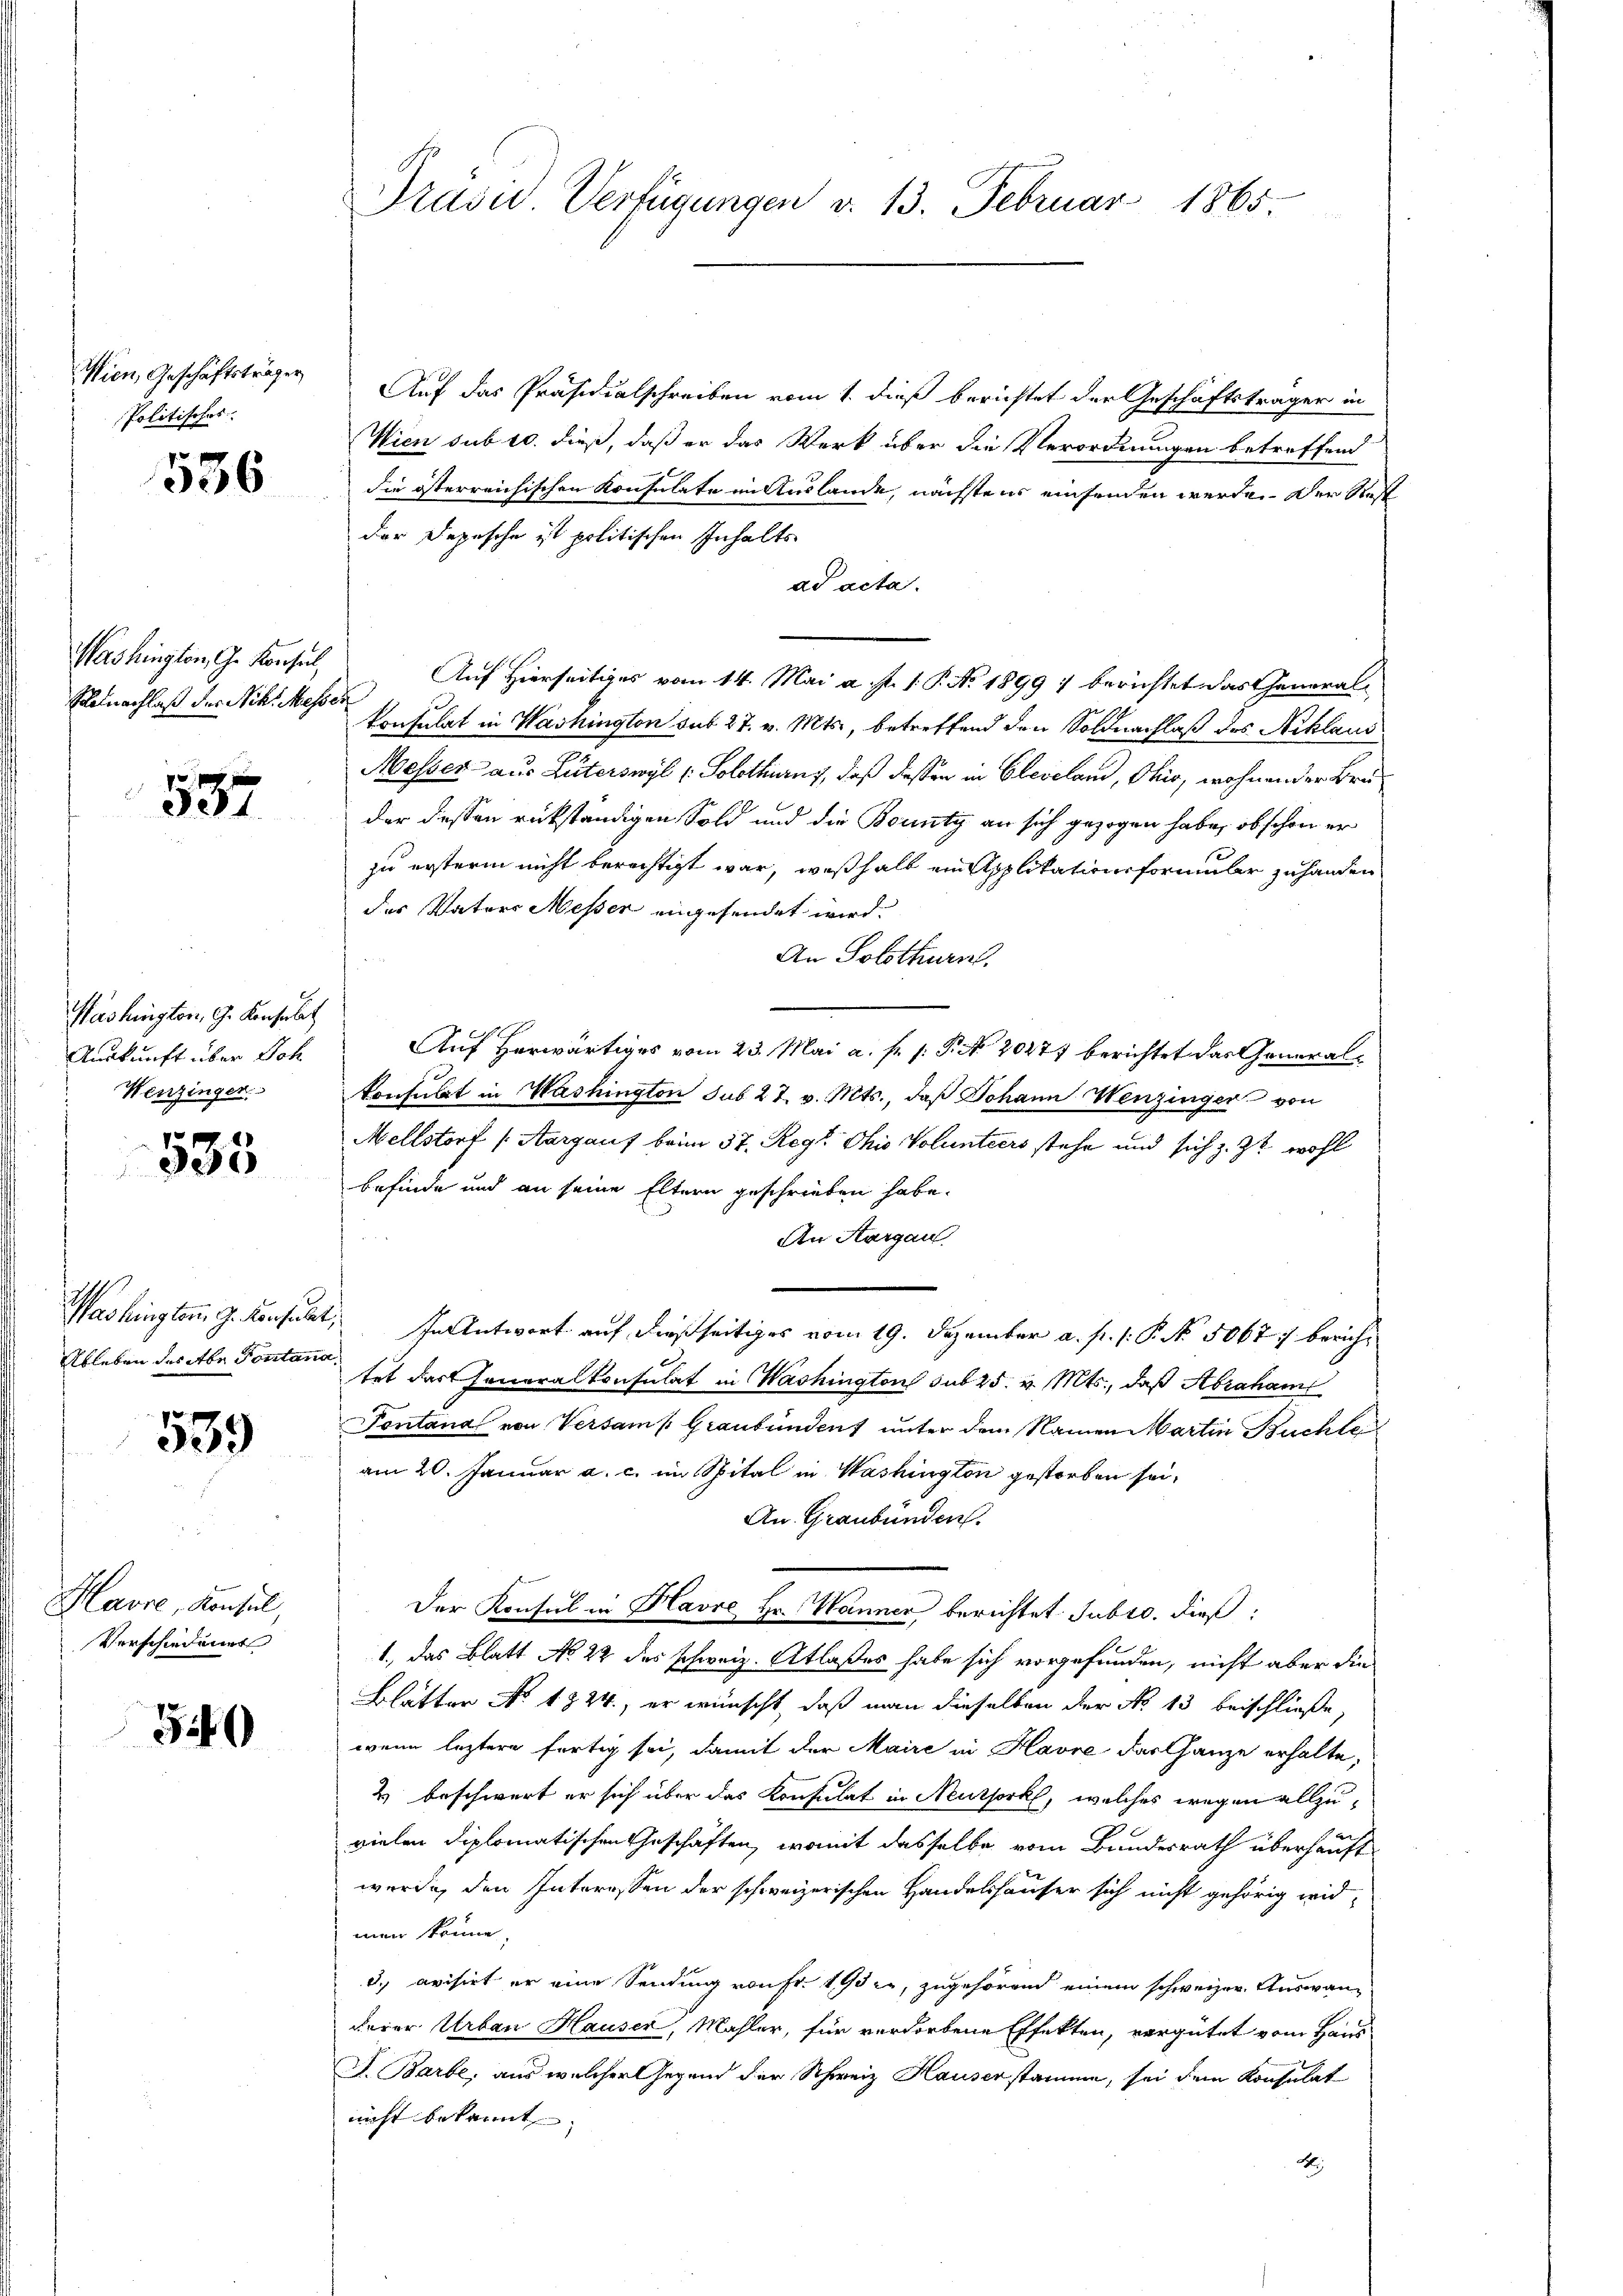
Wien, Geschäftsträger
Politisches.

536

Washington, Gr. Konsul
Selnachlaß der Nicht Messer

537

Washington, G. Konsulat
Auskunft über Joh
Wenzinger.

535

Ableben des Abe Pontana

539

Havre, Konsul,
Verschiedung

5

Auf das Präsidialschreiben vom 1. dieß berichtet der Geschäftsträger in
Wien sub 10. dieß, daß er das Werk über die Verordnungen betreffend
die österreichischen Konsulate im Auslande, nächstens einsenden werde. Der Rest
der Depesche ist politischen Inhalts
ad acta.
Auf Hierseitiges vom 14. Mai a. p. 1. P. No. 1899 7 berichtet das General¬
Consulat in Washington sub 27. v. Mts., betreffend den Soldnachlaß des Niklaus
Messer aus Luterswyl (Solothurn, daß dessen in Cleveland, Ohio, wohnen der Bruder dessen rückständigen Sold und die Bounty an sich gezogen habe, ob schon er
zu erstern nicht berichtigt war, weßhalb ein Applikationsformular zu handen
des Vaters Messer angesendet wird.
An Solothurn.
Auf herwärtiges vom 23. Mai a. f. 1: P. Nr. 20277 berichtet das Generalkonsulat in Washington sub 27. v. Mts., daß Johann Wenzinger von
Nellstorf (Aargauf beim 37. Reg. Ohio Volunters stehe und sich z. Zt. wohl
befinde und an seine Eltern geschrieben habe.
An Aargau
Washingten J. Konsult, In Antwort auf dießseitiges vom 19. Dezember a. p. 1. P. No. 5067 :/ berichtet das Generalkonsulat in Washington sub 25. v. Mts., daß Abraham
Pontana von Versam Graubünden unter dem Namen Martin Buchte
am 20. Januar a. c. im Spital in Washington gestorben sei,
An Graubünden.
Der Konsul in Havre Hr. Wanner berichtet subro, dieß¬
1., das Blatt No 22 des schweiz. Atlaßes habe sich vorgefunden, nicht aber die
Blätter No 1324., er wünscht, daß man dieselben der No 13 beischließe,
wenn leztere fertig sei, damit der Maire in Havre darthanze erhalte,
2) beschwert er sich über das Konsulat in Neuthork, welches wegen allzuvielen diplomatischen Geschäften, womit dasselbe vom Bundesrath überhaupt
wurde, den Interessen der schweizerischen Handelshäuser sich nicht gehörig widmen könne.
3.) evisirt er eine Sendung von Fr. 198 er, zugehörend einem schweizer. Auswanderer Urban Hauser, Mahler, für verdorbene Effekten, vergütet vom Haus
J. Barbe, aus welcher Gegend der Schweiz Hauser stamme, sei dem Konsulat
nicht bekannt,
B

Präsid Verfügungen d. 13. Februar 1865.